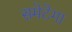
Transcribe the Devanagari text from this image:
समेटेगा